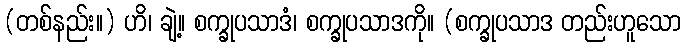
(တစ်နည်း။) ဟိ၊ ချဲ့။ စက္ခုပသာဒံ၊ စက္ခုပသာဒကို။ (စက္ခုပသာဒ တည်းဟူသော